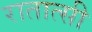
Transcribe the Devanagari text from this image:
रातात्सी